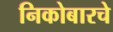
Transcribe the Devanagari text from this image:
निकोबारचे